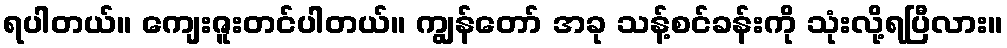
ရပါတယ်။ ကျေးဇူးတင်ပါတယ်။ ကျွန်တော် အခု သန့်စင်ခန်းကို သုံးလို့ရပြီလား။